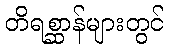
တိရစ္ဆာန်များတွင်